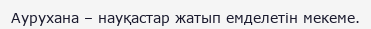
Аурухана – науқастар жатып емделетін мекеме.